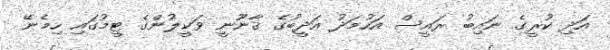
އަދި ކުރީގެ ނައިބު ރައީސް އަހުމަދު އަދީބުގެ ޤާނޫނީ ވަކީލުންގެ ޓީމުގައި ހިމެނޭ